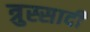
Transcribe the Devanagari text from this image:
त्रुस्सार्दी